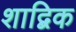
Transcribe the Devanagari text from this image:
शाद्बिक